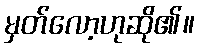
မှတ်လော့ဟုဆို၏။